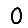
Digit: 0